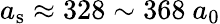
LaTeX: a_{\mathrm{s}}\approx 328\sim 368~a_{0}